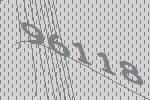
96118